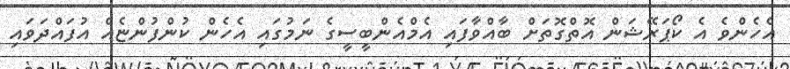
އެހެންވެ އެ ކޯޕަރޭޝަން އޮތްގޮތަށް ބާއްވާފައި އެމްއެންބީސީގެ ނަމުގައި އެހެން ކުންފުންޏެއް އުފައްދަވައި